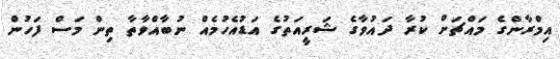
އިމްރާންގެ މައްޗަށް ކުރާ ދައުވާގެ ޝަރީއަތުގެ އަޑުއެހުމެއް ނުބާއްވާތާ ތިން މަސް ފަހުން